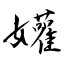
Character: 孉